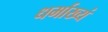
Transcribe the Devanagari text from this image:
धर्माख्यं